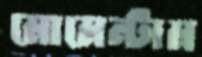
মোমেন্টাম